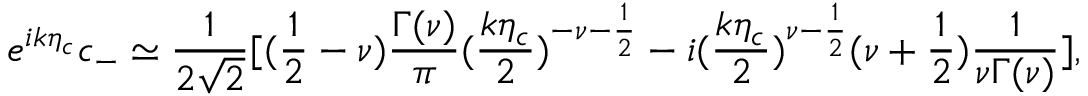
e ^ { i k \eta _ { c } } c _ { - } \simeq \frac { 1 } { 2 \sqrt { 2 } } [ ( \frac { 1 } { 2 } - \nu ) \frac { \Gamma ( \nu ) } { \pi } ( \frac { k \eta _ { c } } { 2 } ) ^ { - \nu - \frac { 1 } { 2 } } - i ( \frac { k \eta _ { c } } { 2 } ) ^ { \nu - \frac { 1 } { 2 } } ( \nu + \frac { 1 } { 2 } ) \frac { 1 } { \nu \Gamma ( \nu ) } ] ,